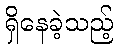
ရှိနေခဲ့သည့်